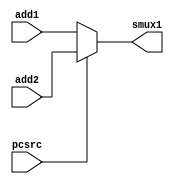
module mux1
(
	input pcsrc,
	input [31:0] add1, add2,
	output reg [31:0] smux1
);

always @*
begin
	if (pcsrc == 1'b1)
		begin
			smux1 <= add2;
		end
	else
		begin
			smux1 <= add1;
		end
end
endmodule